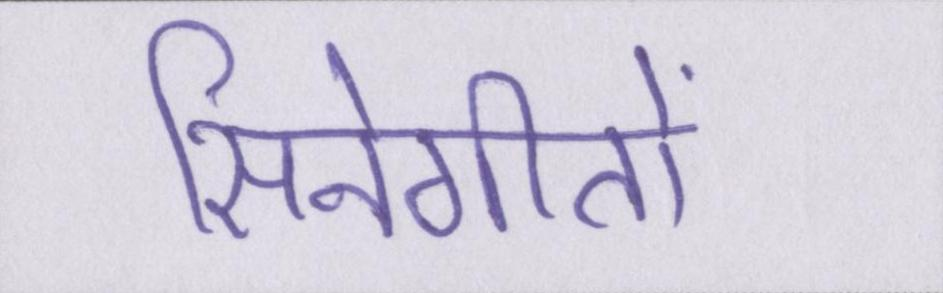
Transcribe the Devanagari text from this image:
सिनेगीतों